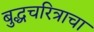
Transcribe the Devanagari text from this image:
बुद्धचरित्राचा